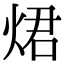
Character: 𤉙